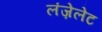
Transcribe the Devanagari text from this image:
लंज़ेलेट